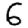
Digit: 6